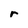
Character: r